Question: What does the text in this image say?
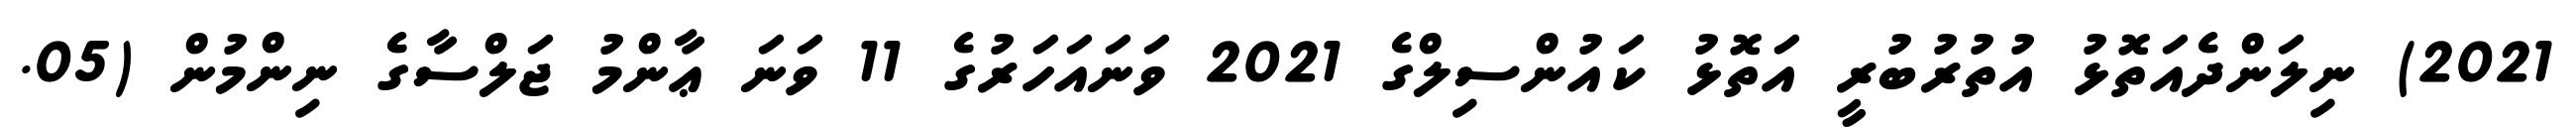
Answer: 2021) ނިލަންދެއަތޮޅު އުތުރުބުރީ އަތޮޅު ކައުންސިލްގެ 2021 ވަނައަހަރުގެ 11 ވަނަ ޢާންމު ޖަލްސާގެ ނިންމުން (05.